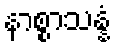
နာစ္စာသန္နံ